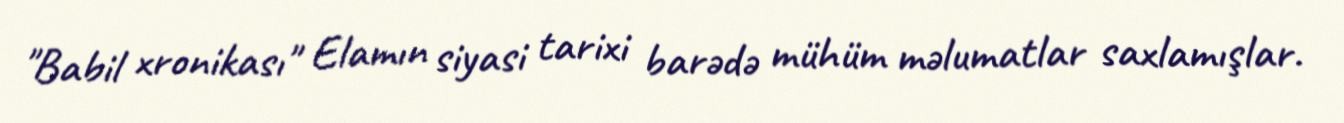
"Babil xronikası" Elamın siyasi tarixi barədə mühüm məlumatlar saxlamışlar.